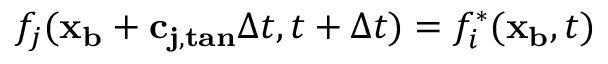
f _ { j } ( \mathbf { x _ { b } } + \mathbf { c _ { j , t a n } } \Delta t , t + \Delta t ) = f _ { i } ^ { * } ( \mathbf { x _ { b } } , t )